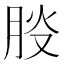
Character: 𦛀